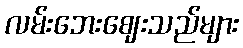
လမ်းဘေးဈေးသည်များ